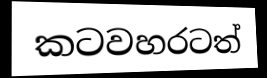
කටවහරටත්